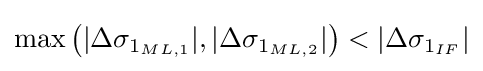
{\text{max}}\left(|\Delta \sigma _{1_{ML,1}}|,|\Delta \sigma _{1_{ML,2}}|\right)<|\Delta \sigma _{1_{IF}}|